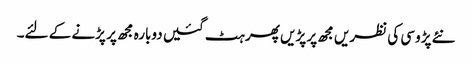
نئے پڑوسی کی نظریں مجھ پر پڑیں پھر ہٹ گئیں دوبارہ مجھ پر پڑنے کے لئے۔